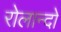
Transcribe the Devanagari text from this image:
रोलान्दो